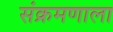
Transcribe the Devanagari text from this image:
संक्रमणाला